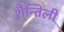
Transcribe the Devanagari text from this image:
शैन्तिली